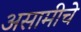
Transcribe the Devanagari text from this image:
असामीचे